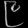
Digit: ၉